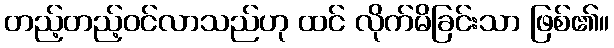
တည့်တည့်ဝင်လာသည်ဟု ထင် လိုက်မိခြင်းသာ ဖြစ်၏။